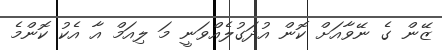
ޒޭން ގެ ނޭވާއަށް ކޮން އުދަގުލެއްވަނީ މަ ލިއަމް އާ އެކު ކޮންމެ